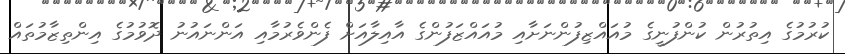
ކުރުމުގެ އިތުރުން ކުންފުނީގެ މުއައްޒިފުންނަށާއި މުއައްޒަފުންގެ އާއިލާއަށް ފެންވެރުމާއި އަންނައުނު ދޮވުމުގެ އިންތިޒާމުތައް